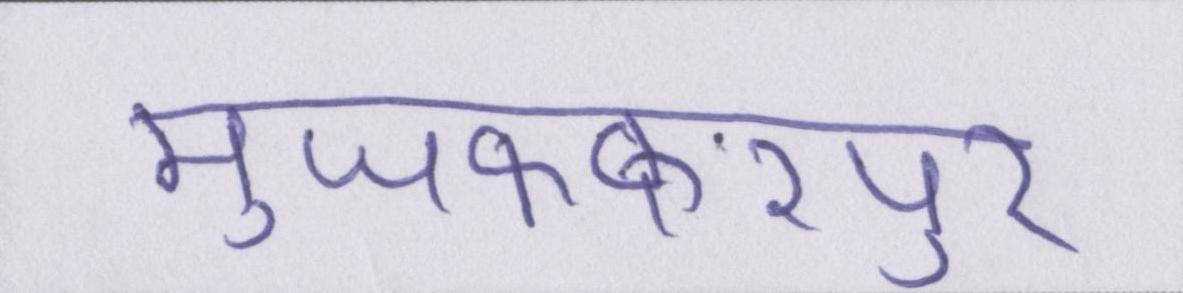
मुजफ्फरपुर